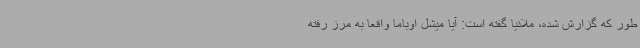
طور که گزارش شده، ملانیا گفته است: آیا میشل اوباما واقعا به مرز رفته